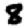
Digit: 8